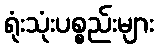
ရုံးသုံးပစ္စည်းများ